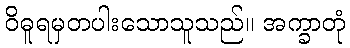
ဝိဓူရမှတပါးသောသူသည်။ အက္ခာတုံ